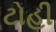
ટોહી